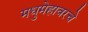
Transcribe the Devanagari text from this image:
मधुमेहावरचे